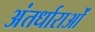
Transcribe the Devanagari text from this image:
अंतर्धाराओं